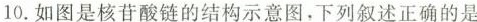
10.如图是核苷酸链的结构示意图，下列叙述正确的是